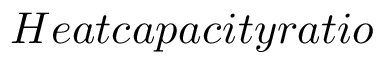
\, H e a t c a p a c i t y r a t i o